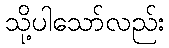
သို့ပါသော်လည်း